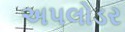
અપલોડર